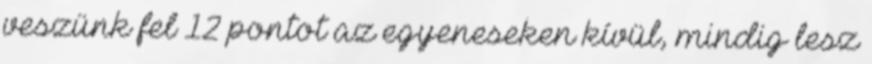
veszünk fel 12 pontot az egyeneseken kívül, mindig lesz